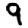
Digit: 9